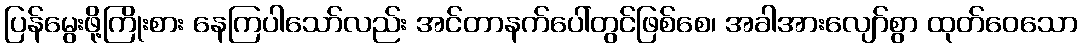
ပြန်မွေးဖို့ကြိုးစား နေကြပါသော်လည်း အင်တာနက်ပေါ်တွင်ဖြစ်စေ၊ အခါအားလျော်စွာ ထုတ်ဝေသော